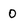
Character: 0